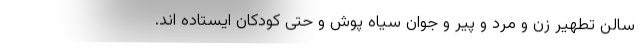
سالن تطهیر زن و مرد و پیر و جوان سیاه پوش و حتی کودکان ایستاده اند.